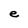
Character: e